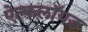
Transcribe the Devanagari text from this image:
ऐल्कलॉयड